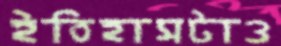
ইতিহাসটাও